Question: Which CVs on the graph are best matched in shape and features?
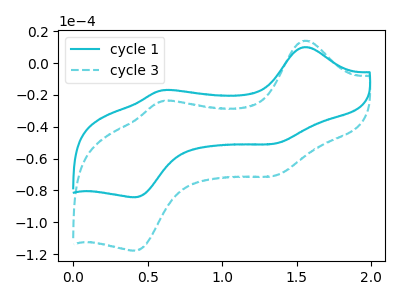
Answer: <think>The cyan curve "cycle 1" has anodic peaks at (1.55V, 10.10uA) (0.60V, -17.10uA) and cathodic peaks at (1.35V, -50.55uA) (0.40V, -84.30uA). The cyan dashed curve "cycle 3" has anodic peaks at (1.55V, 14.15uA) (0.60V, -23.95uA) and cathodic peaks at (1.35V, -70.65uA) (0.40V, -117.90uA).
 All the peaks in "cycle 1" have a peak in "cycle 3" at the same potential.</think>
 <answer>"cycle 1" and "cycle 3" have the same shape and are likely CV's of the same chemical.</answer>
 <eval>"cycle 1" "cycle 3"</eval>